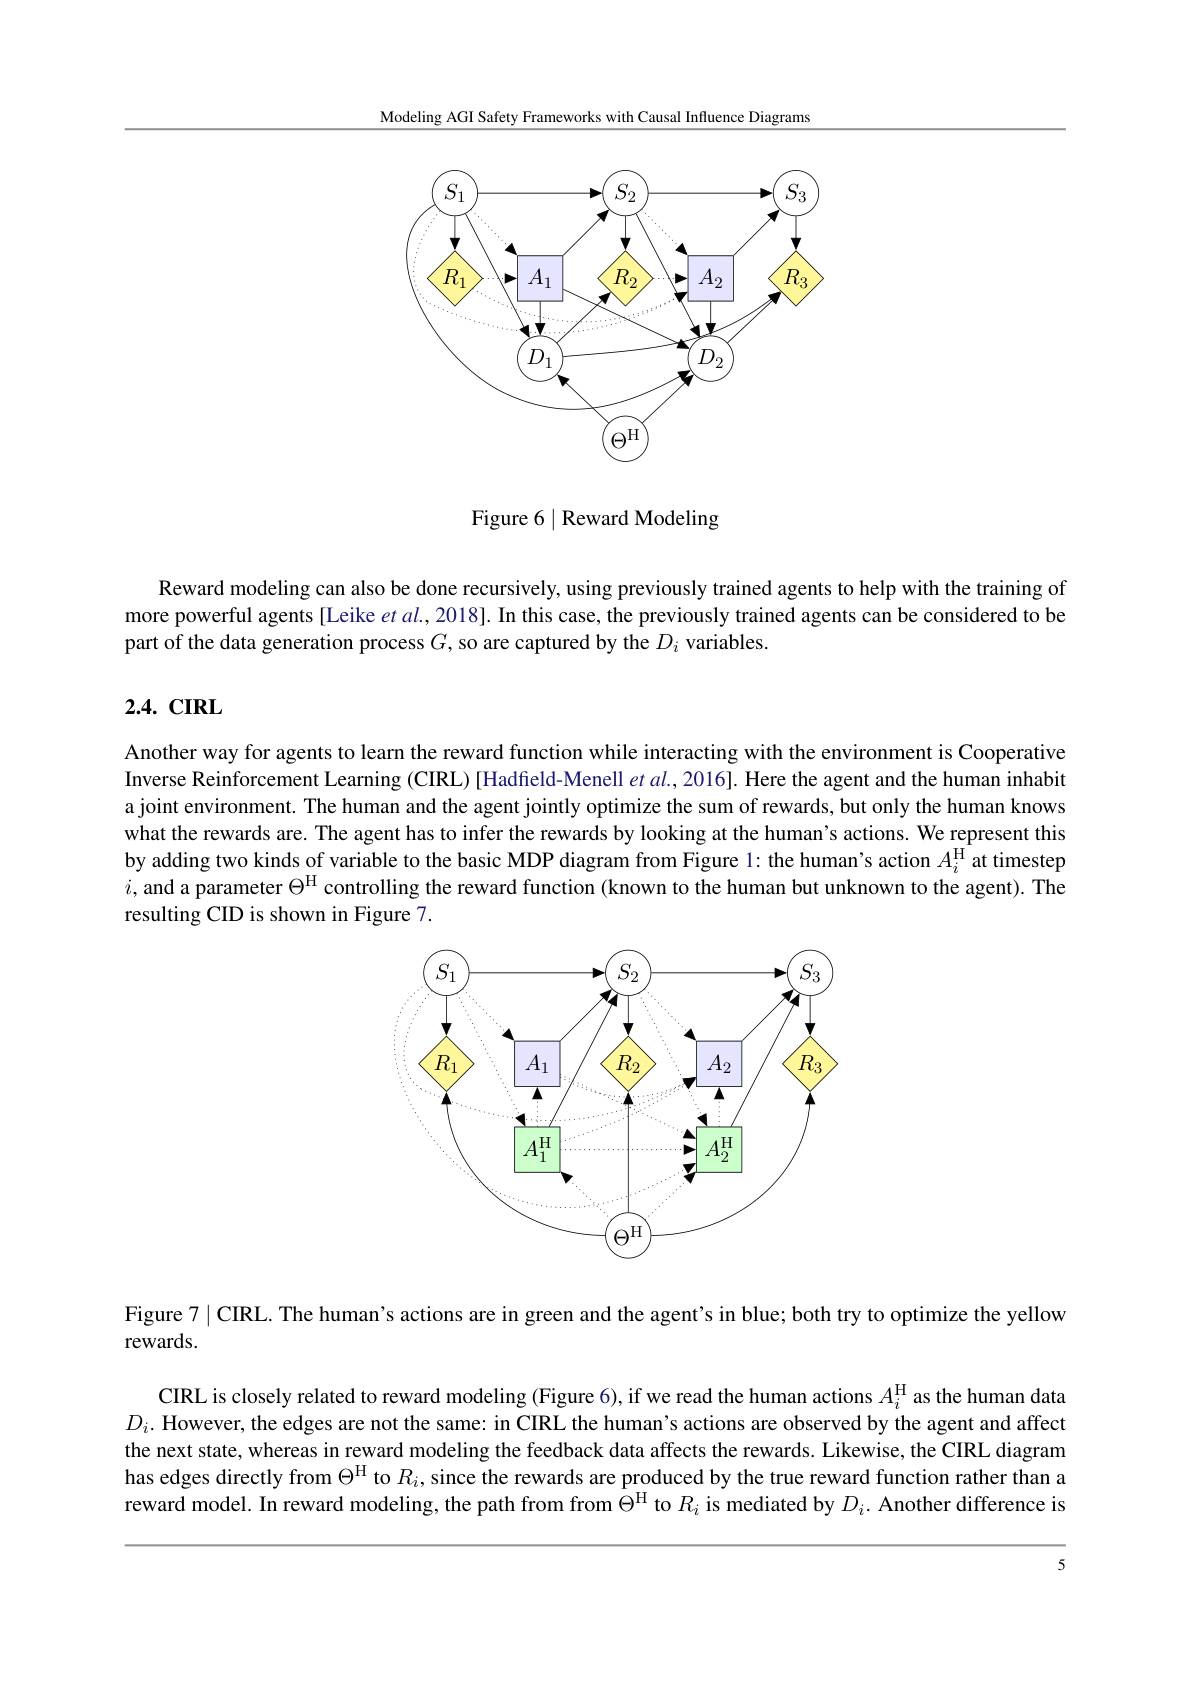
Modeling AGI Safety Frameworks with Causal Influence Diagrams

<FigureHere>

Figure 6 1 Reward Modeling

Reward modeling can also be done recursively, using previously trained agents to help with the training of more powerful agents [Leike $etal.,2018].$ In this case, the previously trained agents can be considered to be part of the data generation process $G$, so are captured by the $D_i$ variables

# 2.4. CIRL

Another way for agents to learn the reward function while interacting with the environment is Cooperative Inverse Reinforcement Learning (CIRL) [Hadfeld-Menell et al., 2016]. Here the agent and the human inhabit a joint environment. The human and the agent jointly optimize the sum of rewards, but only the human knows what the rewards are. The agent has to infer the rewards by looking at the human's actions. We represent this by adding two kinds of variable to the basic MDP diagram from Figure 1: the human's action $A_i^\mathrm{H}$ at timestep $i$, and a parameter $\Theta^\mathrm{H}$ controlling the reward function (known to the human but unknown to the agent). The resulting CID is shown in Figure 7.

<FigureHere>

Figure 7 | CIRL. The human's actions are in green and the agent's in blue; both try to optimize the yellow

rewards.

CIRL is closely related to reward modeling (Figure 6), if we read the human actions $A_i^\mathrm{H}$ as the human data $D_i.$ However, the edges are not the same: in CIRL the human's actions are observed by the agent and affect the next state, whereas in reward modeling the feedback data affects the rewards. Likewise, the CIRL diagram has edges directly from $\Theta^\mathrm{H}$ to $R_i$, since the rewards are produced by the true reward function rather than a reward model. In reward modeling, the path from from $\Theta^\mathrm{H}$ to $R_i$ is mediated by $D_i.$ Another difference is

5